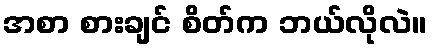
အစာ စားချင် စိတ်က ဘယ်လိုလဲ။